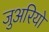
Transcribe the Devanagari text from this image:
जुअरियो